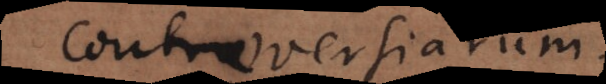
controversiarum